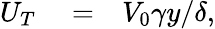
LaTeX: \begin{array}{rlr}{U_{T}}&{{}=}&{V_{0}\gamma y/\delta,}\end{array}